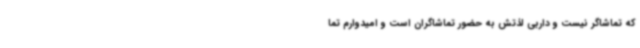
که تماشاگر نیست و داربی لذتش به حضور تماشاگران است و امیدوارم تما